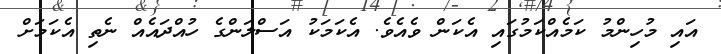
އައި މުހިންމު ކަމެއްކަމުގައި އެކަން ވެއެވެ. އެކަމަކު އަސްލަންގެ ހުއްދައެއް ނެތި އެކަމަށް